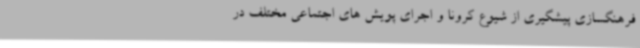
فرهنگسازی پیشگیری از شیوع کرونا و اجرای پویش های اجتماعی مختلف در